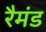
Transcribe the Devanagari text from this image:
रैमंड